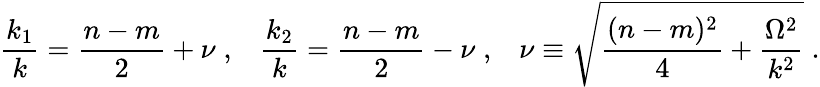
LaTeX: \frac{k_{1}}{k}=\frac{n-m}{2}+\nu\; ,\; \; \; \frac{k_{2}}{k}=\frac{n-m}{2}-\nu\; ,\; \; \; \nu\equiv\sqrt{\frac{(n-m)^{2}}{4}+\frac{\Omega^{2}}{k^{2}}}\; .